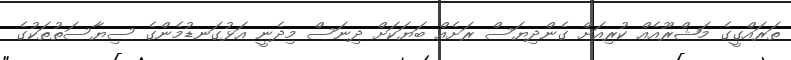
ތަރައްގީގެ މަޝްރޫއެއް ކުރިއަށް ގެންދިޔަސް ރަށެއް ބަޔަކަށް ދިނަސް މިދެނީ އަޅުގަނޑުމެންގެ ސިޔާސަތުތަކުގެ